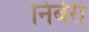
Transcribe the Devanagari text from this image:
निबेरो